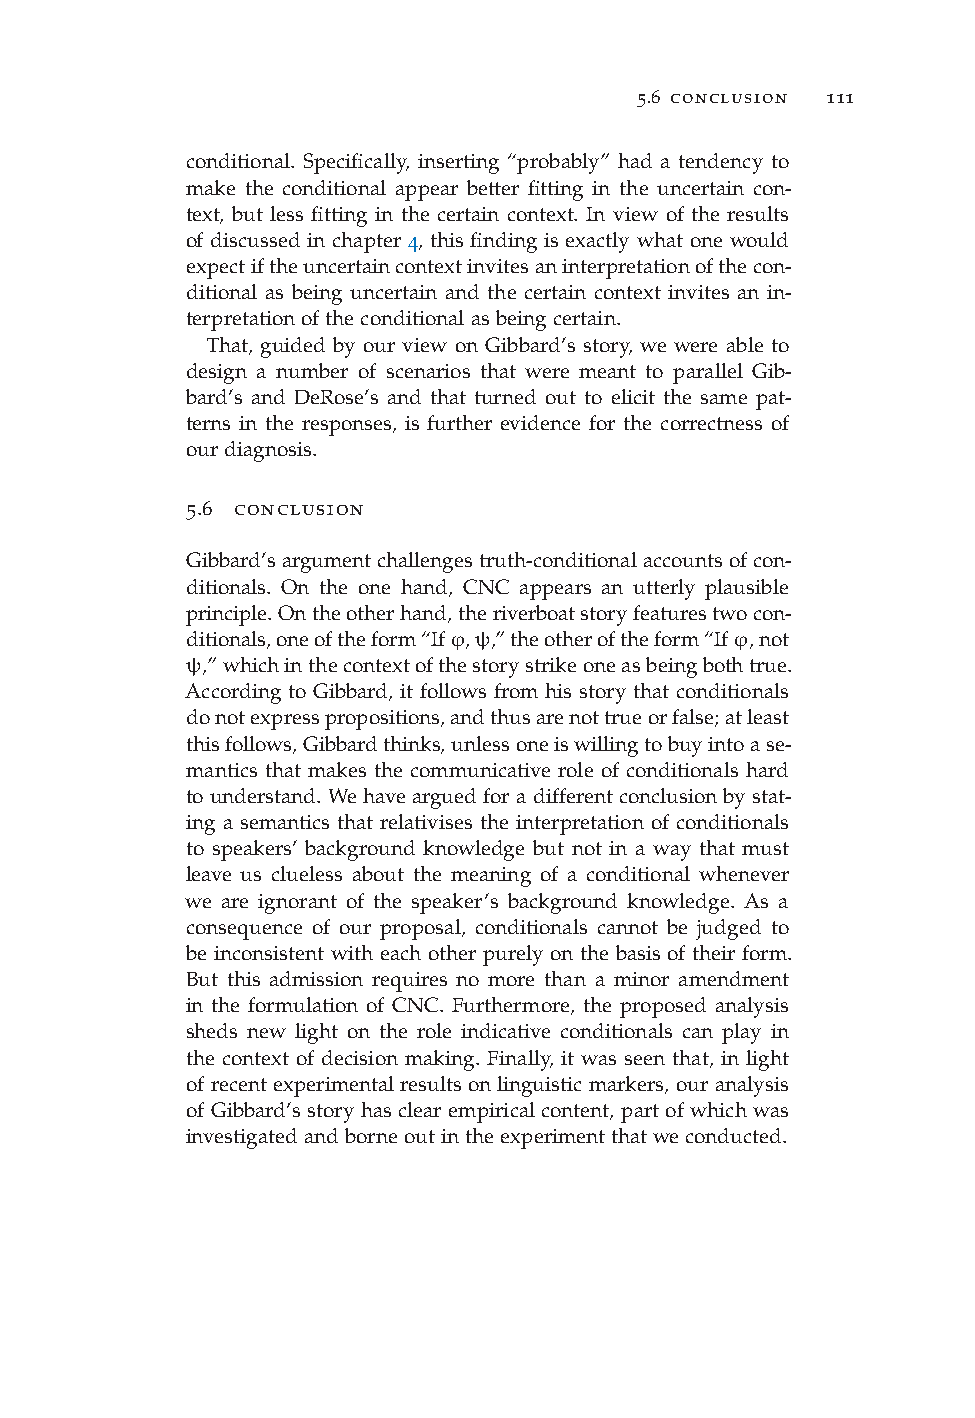
5.6 conclusion 111
 conditional. Specifically, inserting “probably” had a tendency to
 make the conditional appear better fitting in the uncertain con-
 text, but less fitting in the certain context. In view of the results
 of discussed in chapter 4, this finding is exactly what one would
 expectiftheuncertaincontextinvitesaninterpretationofthecon-
 ditional as being uncertain and the certain context invites an in-
 terpretationoftheconditionalasbeingcertain.
 That, guided by our view on Gibbard’s story, we were able to
 design a number of scenarios that were meant to parallel Gib-
 bard’s and DeRose’s and that turned out to elicit the same pat-
 terns in the responses, is further evidence for the correctness of
 ourdiagnosis.
 5.6 conclusion
 Gibbard’sargumentchallengestruth-conditionalaccountsofcon-
 ditionals. On the one hand, CNC appears an utterly plausible
 principle.Ontheotherhand,theriverboatstoryfeaturestwocon-
 ditionals,oneoftheform“Ifϕ,ψ,”theotheroftheform“Ifϕ,not
 ψ,”whichinthecontextofthestorystrikeoneasbeingbothtrue.
 According to Gibbard, it follows from his story that conditionals
 donotexpresspropositions,andthusarenottrueorfalse;atleast
 thisfollows,Gibbardthinks,unlessoneiswillingtobuyintoase-
 mantics that makes the communicative role of conditionals hard
 to understand. We have argued for a different conclusion by stat-
 ing a semantics that relativises the interpretation of conditionals
 to speakers’ background knowledge but not in a way that must
 leave us clueless about the meaning of a conditional whenever
 we are ignorant of the speaker’s background knowledge. As a
 consequence of our proposal, conditionals cannot be judged to
 be inconsistent with each other purely on the basis of their form.
 But this admission requires no more than a minor amendment
 in the formulation of CNC. Furthermore, the proposed analysis
 sheds new light on the role indicative conditionals can play in
 the context of decision making. Finally, it was seen that, in light
 of recent experimental results on linguistic markers, our analysis
 of Gibbard’s story has clear empirical content, part of which was
 investigatedandborneoutintheexperimentthatweconducted.